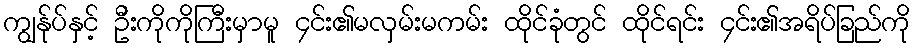
ကျွန်ုပ်နှင့် ဦးကိုကိုကြီးမှာမူ ၄င်း၏မလှမ်းမကမ်း ထိုင်ခုံတွင် ထိုင်ရင်း ၄င်း၏အရိပ်ခြည်ကို